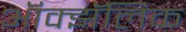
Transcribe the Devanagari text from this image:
ऑक्झॅलिक